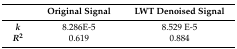
|  | Original Signal | LWT Denoised Signal |
 | --- | --- | --- |
 | k | 8.286E-5 | 8.529 E-5 |
 | R2 | 0.619 | 0.884 |